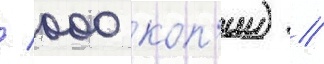
/ 000 коп'ии) //